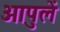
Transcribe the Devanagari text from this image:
आपुलें